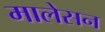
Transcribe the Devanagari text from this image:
मालेसन